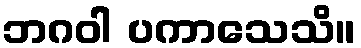
ဘဂဝါ ပကာသေသိ။